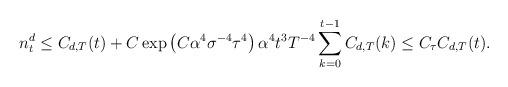
LaTeX: \begin{align*} n^d_t\le C_{d,T}(t)+C \exp\left( C\alpha^4\sigma^{-4}\tau^4 \right) \alpha^4 t^3 T^{-4} \sum_{k=0}^{t-1} C_{d,T}(k)\le C_{\tau} C_{d,T}(t).\end{align*}